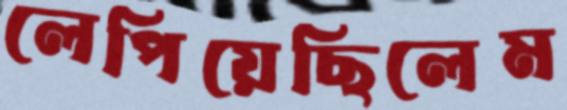
লেপিয়েছিলেম